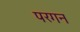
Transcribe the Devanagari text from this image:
परगन